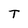
Character: T